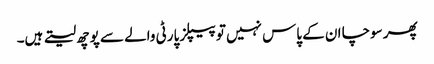
پھر سوچا ان کے پاس نہیں تو پیپلز پارٹی والے سے پوچھ لیتے ہیں۔